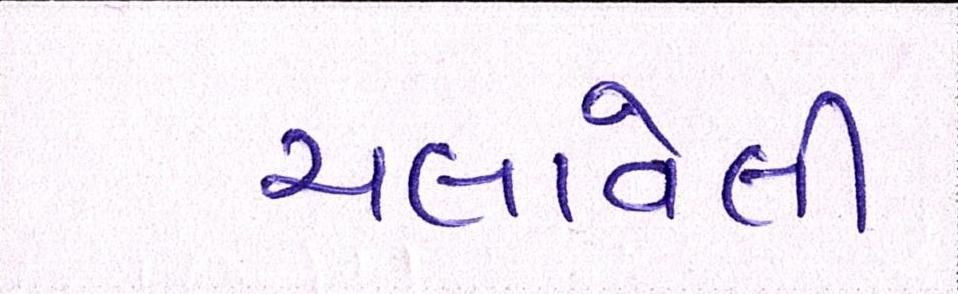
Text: ચલાવેલી